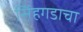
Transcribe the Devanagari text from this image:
सिंहगडाचा